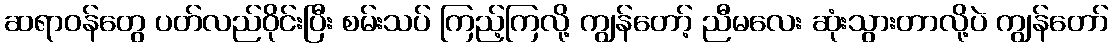
ဆရာဝန်တွေ ပတ်လည်ဝိုင်းပြီး စမ်းသပ် ကြည့်ကြလို့ ကျွန်တော့် ညီမလေး ဆုံးသွားတာလို့ပဲ ကျွန်တော်